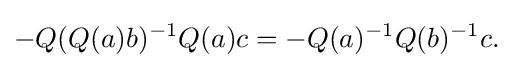
\displaystyle {-Q(Q(a)b)^{-1}Q(a)c=-Q(a)^{-1}Q(b)^{-1}c.}